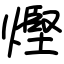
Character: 熞